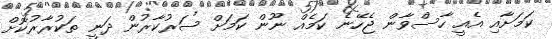
ކަމަށާއި އެއީ ހާސްވާން ޖެހޭނެ ކަމެއް ނޫން ކަމަށް ސަރުކާރުން ދަނީ ތަކުރާރުކޮށް